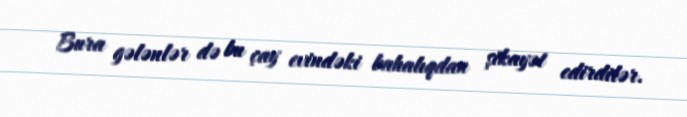
Bura gələnlər də bu çay evindəki bahalıqdan şikayət edirdilər.